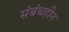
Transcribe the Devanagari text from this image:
संबंधहीन